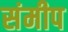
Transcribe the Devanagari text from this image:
संमीप